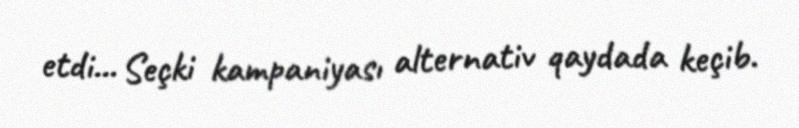
etdi... Seçki kampaniyası alternativ qaydada keçib.